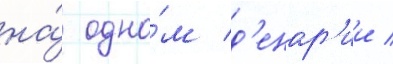
на́ одно́м д'енар'ии /